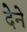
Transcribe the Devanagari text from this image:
देेने